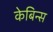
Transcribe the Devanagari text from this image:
केबिन्स